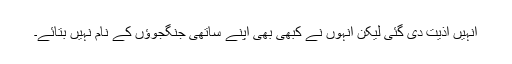
اُنہیں اذیت دی گئی لیکن اُنہوں نے کبھی بھی اپنے ساتھی جنگجوؤں کے نام نہیں بتائے۔